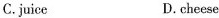
C.juice D.cheese